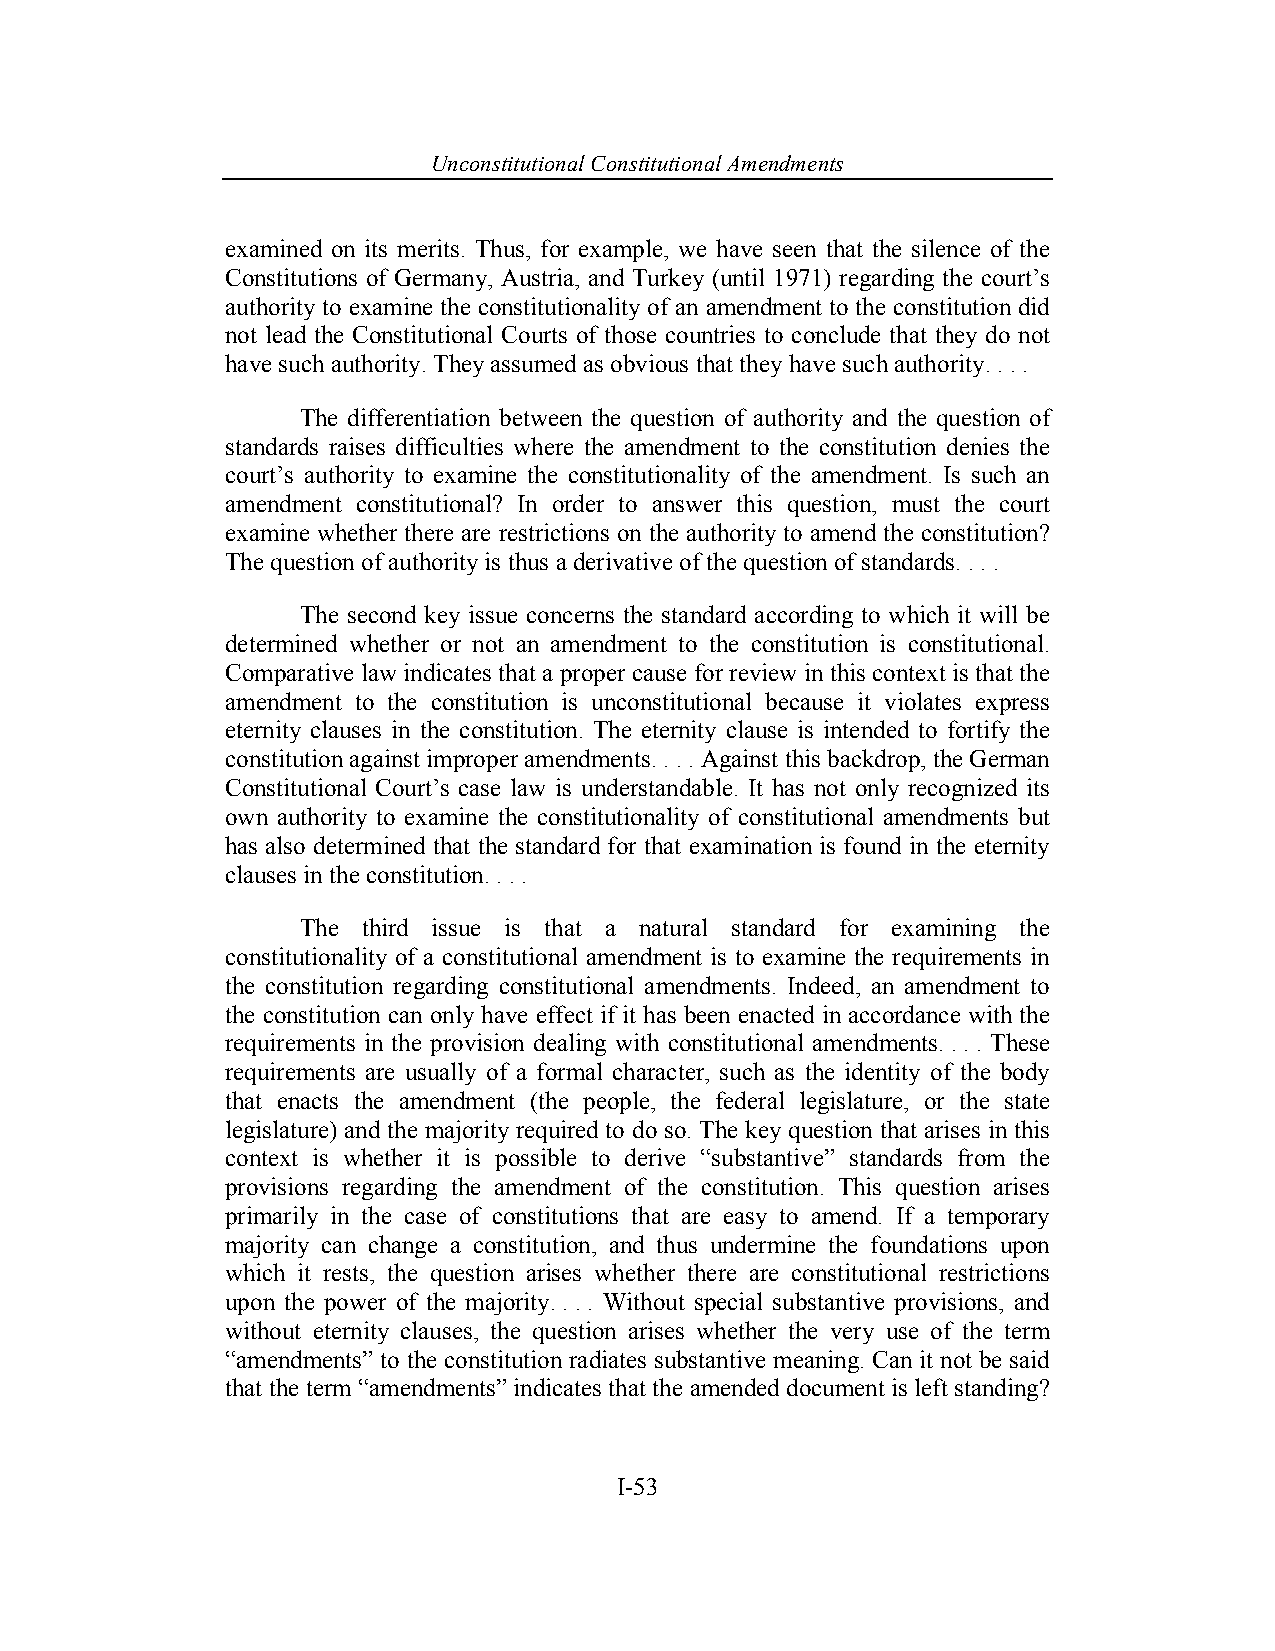
Unconstitutional Con stitutional Amendments
 examined on its merits. Thus, for example, we have seen that the silence of the
 Constitutions of Germany, Austria, and Turkey (until 1971) regarding the court’s
 authority to examine the constitutionality of an amendment to the constitution did
 not lead the Constitutional Courts of those countries to conclude that they do not
 have such authority. They assumed as obvious that they have such authority. . . .
 The differentiation between the question of authority and the question of
 standards raises difficulties where the amendment to the constitution denies the
 court’s authority to examine the constitutionality of the amendment. Is such an
 amendment constitutional? In order to answer this question, must the court
 examine whether there are restrictions on the authority to amend the constitution?
 The question of authority is thus a derivative of the question of standards. . . .
 The second key issue concerns the standard according to which it will be
 determined whether or not an amendment to the constitution is constitutional.
 Comparative law indicates that a proper cause for review in this context is that the
 amendment to the constitution is unconstitutional because it violates express
 eternity clauses in the constitution. The eternity clause is intended to fortify the
 constitution against improper amendments. . . . Against this backdrop, the German
 Constitutional Court’s case law is understandable. It has not only recognized its
 own authority to examine the constitutionality of constitutional amendments but
 has also determined that the standard for that examination is found in the eternity
 clauses in the constitution. . . .
 The third issue is that a natural standard for examining the
 constitutionality of a constitutional amendment is to examine the requirements in
 the constitution regarding constitutional amendments. Indeed, an amendment to
 the constitution can only have effect if it has been enacted in accordance with the
 requirements in the provision dealing with constitutional amendments. . . . These
 requirements are usually of a formal character, such as the identity of the body
 that enacts the amendment (the people, the federal legislature, or the state
 legislature) and the majority required to do so. The key question that arises in this
 context is whether it is possible to derive “substantive” standards from the
 provisions regarding the amendment of the constitution. This question arises
 primarily in the case of constitutions that are easy to amend. If a temporary
 majority can change a constitution, and thus undermine the foundations upon
 which it rests, the question arises whether there are constitutional restrictions
 upon the power of the majority. . . . Without special substantive provisions, and
 without eternity clauses, the question arises whether the very use of the term
 “amendments” to the constitution radiates substantive meaning. Can it not be said
 that the term “amendments” indicates that the amended document is left standing?
 I-53